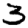
Digit: 3